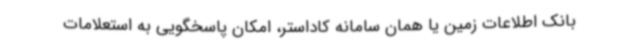
بانک اطلاعات زمین یا همان سامانه کاداستر، امکان پاسخگویی به استعلامات